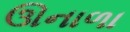
ઊનાળા